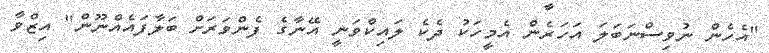
"އެހެން ނުވިސްނަބަލަ އަހަރެން އެމީހަކު ދެކެ ލައިކްވަނީ އޭނާގެ ފެންވަރަށް ބަލާފައެއްނޫން" އިޒްވާ